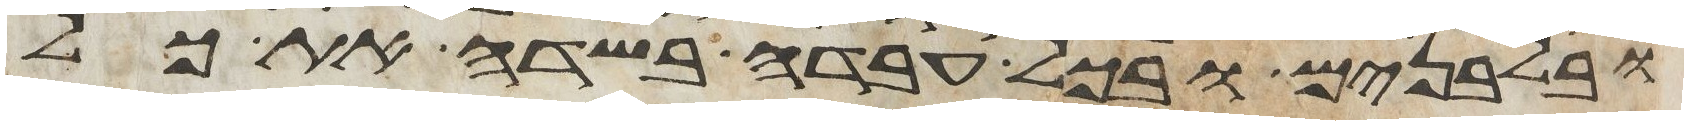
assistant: ובלבנים ובכל עבדה בשדה את כל